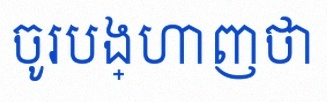
ចូរបង្ហាញថា